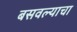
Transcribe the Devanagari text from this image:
बसवल्याचा